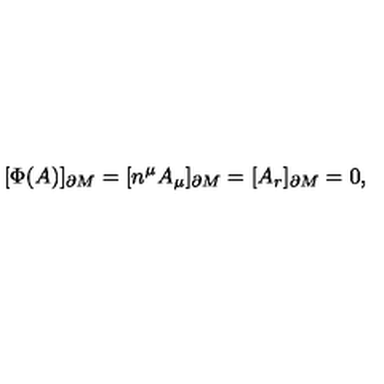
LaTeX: [ \Phi ( A ) ] _ { \partial M } = [ n ^ { \mu } A _ { \mu } ] _ { \partial M } = [ A _ { r } ] _ { \partial M } = 0 ,